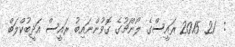
:  21